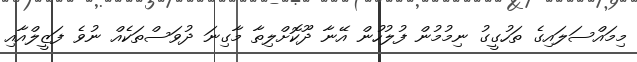
މިމައްސަލައިގެ ތަހުގީގު ނިމުމުން ފުލުހުން އޭނާ ދޫކޮށްލިތާ މާގިނަ ދުވަސްތަކެއް ނުވެ ފަޒީލްއާއި